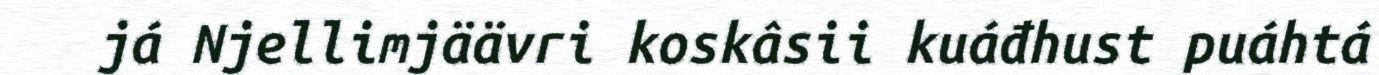
já Njellimjäävri koskâsii kuáđhust puáhtá